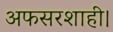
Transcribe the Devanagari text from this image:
अफसरशाही।